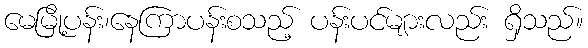
မေမြို့ပန်း၊နေကြာပန်းစသည့် ပန်းပင်များလည်း ရှိသည်။